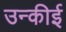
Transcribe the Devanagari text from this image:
उन्कीई